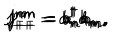
LaTeX: j _ { + + } ^ { n m } = a _ { n } ^ { \dagger } a _ { m } , \hspace { 1 c m } j _ { -- } ^ { n m } = b _ { n } ^ { \dagger } b _ { m } , \hspace { 1 c m } j _ { + - } ^ { n m } = a _ { n } ^ { \dagger } b _ { m } , \hspace { 1 c m } j _ { - + } ^ { n m } = b _ { n } ^ { \dagger } a _ { m } ,